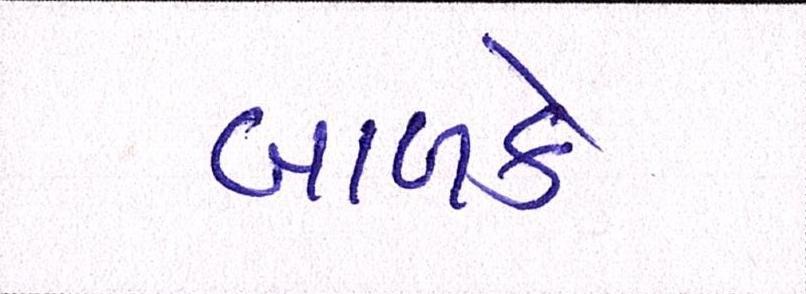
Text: બાળકે